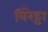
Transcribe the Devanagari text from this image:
विरेट्टा